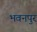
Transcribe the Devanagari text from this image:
भवनपुर